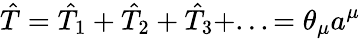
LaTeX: \hat{T}=\hat{T}_{1}+\hat{T}_{2}+\hat{T}_{3}+...=\theta_{\mu}a^{\mu}